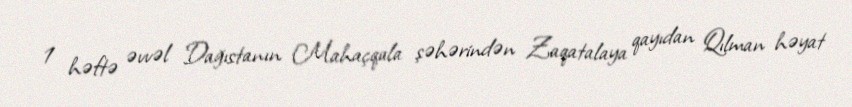
1 həftə əvvəl Dağıstanın Mahaçqala şəhərindən Zaqatalaya qayıdan Qılman həyat